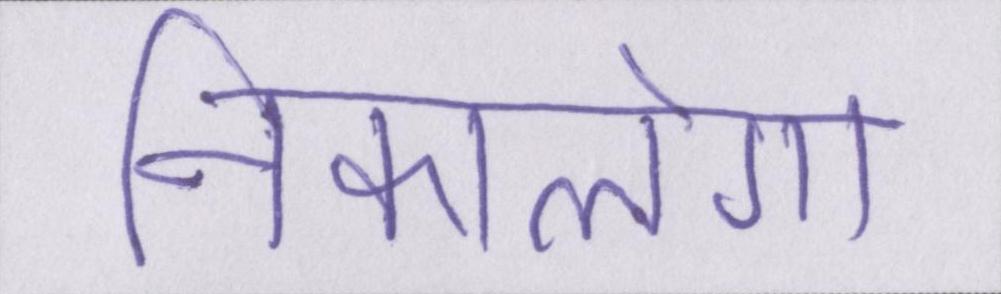
निकालेगा